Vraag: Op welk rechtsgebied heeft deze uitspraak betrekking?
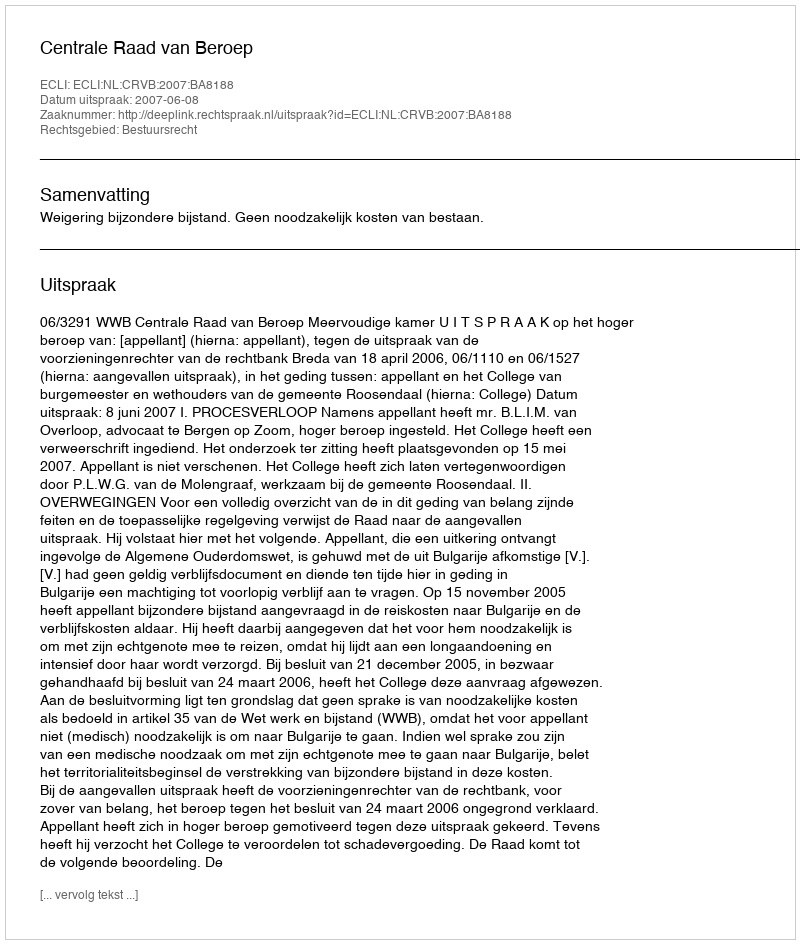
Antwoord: Bestuursrecht